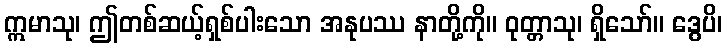
ဣမာသု၊ ဤတစ်ဆယ့်ရှစ်ပါးသော အနုပဿ နာတို့ကို။ ဝုတ္တာသု၊ ရှိသော်။ ဒွေပိ၊